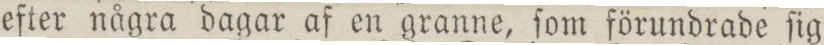
efter några dagar af en granne, ſom förundrade ſig